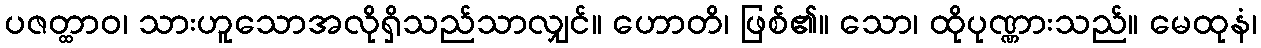
ပဇတ္ထာဝ၊ သားဟူသောအလိုရှိသည်သာလျှင်။ ဟောတိ၊ ဖြစ်၏။ သော၊ ထိုပုဏ္ဏားသည်။ မေထုနံ၊